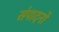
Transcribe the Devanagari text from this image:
संपादनों